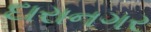
દારાનગર